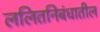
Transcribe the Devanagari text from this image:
ललितनिबंधातील